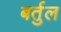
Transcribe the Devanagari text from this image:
बर्तुल